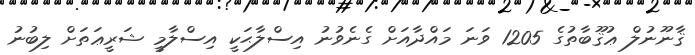
ޤާނޫނުލް ޢުޤޫބާތުގެ 1205 ވަނަ މައްދާއަށް ގެނެވުނު އިސްލާޙަކީ އިސްލާމީ ޝަރީޢަތަށް ލިބުނު